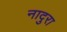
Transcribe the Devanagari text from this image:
नादुरा